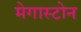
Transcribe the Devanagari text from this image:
मेगास्टोन